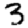
Digit: 3